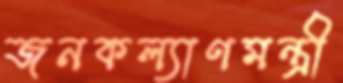
জনকল্যাণমন্ত্রী